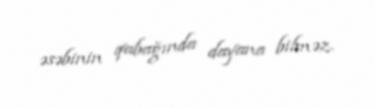
əsəbinin qabağında dayana bilməz.